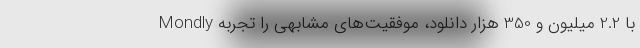
Mondly با 2.2 میلیون و 350 هزار دانلود، موفقیت‌های مشابهی را تجربه